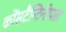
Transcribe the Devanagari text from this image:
कोंसटैन्टिनोपल